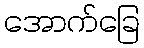
အောက်ခြေ